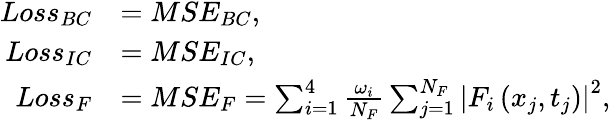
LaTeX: \begin{array}{rl}{Loss_{BC}}&{=MSE_{BC},}\\ {Loss_{IC}}&{=MSE_{IC},}\\ {Loss_{F}}&{=MSE_{F}=\sum_{i=1}^{4}\frac{\omega_{i}}{N_{F}}\sum_{j=1}^{N_{F}}\left|F_{i}\left(x_{j},t_{j}\right)\right|^{2},}\end{array}